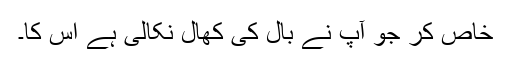
خاص کر جو آپ نے بال کی کھال نکالی ہے اس کا۔